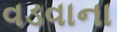
વડવાના